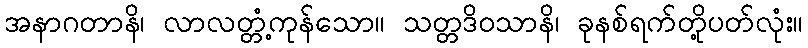
အနာဂတာနိ၊ လာလတ္တံ့ကုန်သော။ သတ္တဒိဝသာနိ၊ ခုနစ်ရက်တို့ပတ်လုံး။